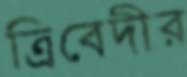
ত্রিবেদীর